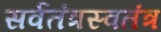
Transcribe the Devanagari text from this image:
सर्वतंत्रस्वतंत्र